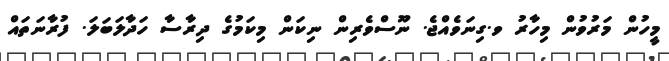
މީހުން މަރުވުން މިހާރު ވ.ގިނަވެއްޖެ. ނޫސްވެރިން ނިކަން މިކަމުގެ ދިރާސާ ހަަދާލަބަލަ. ފުރާނަތައް